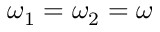
\omega _ { 1 } = \omega _ { 2 } = \omega